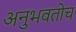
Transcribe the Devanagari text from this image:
अनुभवतोच